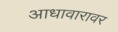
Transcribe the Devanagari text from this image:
आधावारावर